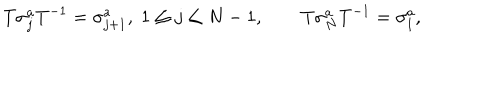
T \sigma _ { j } ^ { a } T ^ { - 1 } = \sigma _ { j + 1 } ^ { a } , \; 1 \le j \le N - 1 , \qquad T \sigma _ { N } ^ { a } T ^ { - 1 } = \sigma _ { 1 } ^ { a } ,